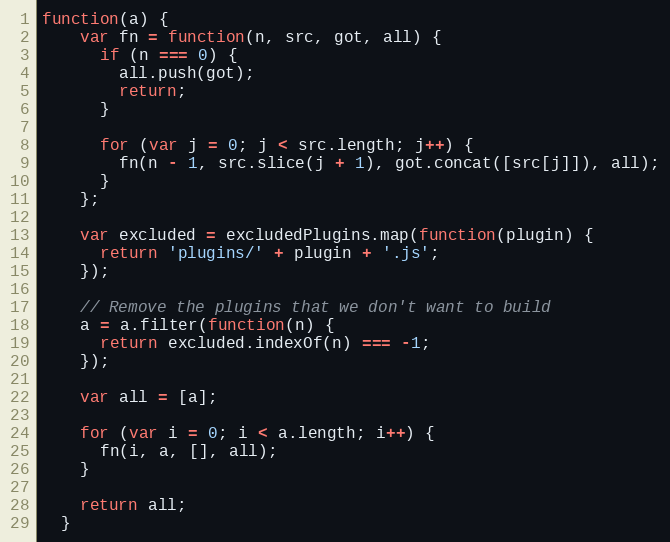
Language: JavaScript
function(a) {
    var fn = function(n, src, got, all) {
      if (n === 0) {
        all.push(got);
        return;
      }

      for (var j = 0; j < src.length; j++) {
        fn(n - 1, src.slice(j + 1), got.concat([src[j]]), all);
      }
    };

    var excluded = excludedPlugins.map(function(plugin) {
      return 'plugins/' + plugin + '.js';
    });

    // Remove the plugins that we don't want to build
    a = a.filter(function(n) {
      return excluded.indexOf(n) === -1;
    });

    var all = [a];

    for (var i = 0; i < a.length; i++) {
      fn(i, a, [], all);
    }

    return all;
  }